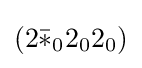
(2{\bar {*}}_{0}2_{0}2_{0})